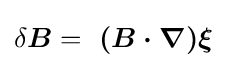
\delta {\boldsymbol {B}}={\boldsymbol {\ {(B\cdot \nabla )\xi }}}